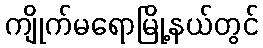
ကျိုက်မရောမြို့နယ်တွင်